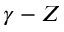
\gamma - Z